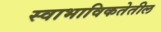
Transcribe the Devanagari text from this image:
स्वाभाविकतेतील